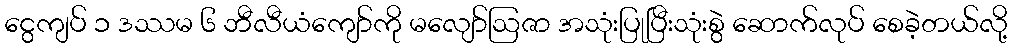
ငွေကျပ် ၁ ဒဿမ ၆ ဘီလီယံကျော်ကို မလျော်ဩဇာ အသုံးပြုပြီးသုံးစွဲ ဆောက်လုပ် စေခဲ့တယ်လို့